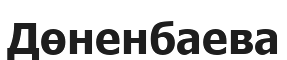
Дөненбаева